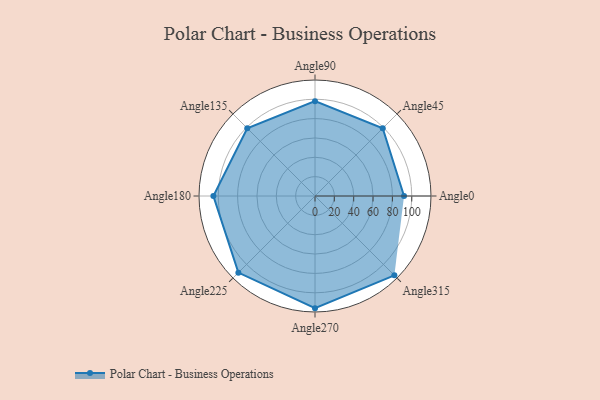
{"axis": {"x": "Angle", "y": "Radius"}, "legend": [""], "data": [{"x": "Angle0", "y": 92.0, "type": ""}, {"x": "Angle45", "y": 99.0, "type": ""}, {"x": "Angle90", "y": 98.0, "type": ""}, {"x": "Angle135", "y": 99.0, "type": ""}, {"x": "Angle180", "y": 105.0, "type": ""}, {"x": "Angle225", "y": 112.0, "type": ""}, {"x": "Angle270", "y": 116.0, "type": ""}, {"x": "Angle315", "y": 116.0, "type": ""}]}